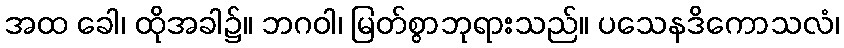
အထ ခေါ၊ ထိုအခါ၌။ ဘဂဝါ၊ မြတ်စွာဘုရားသည်။ ပသေနဒိကောသလံ၊